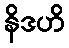
နိဒဟိ